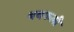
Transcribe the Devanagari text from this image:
थबकली